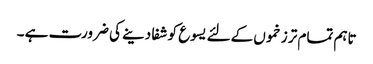
تاہم تمام تر زخموں کےلئے یسوع کو شفا دینے کی ضرورت ہے ۔